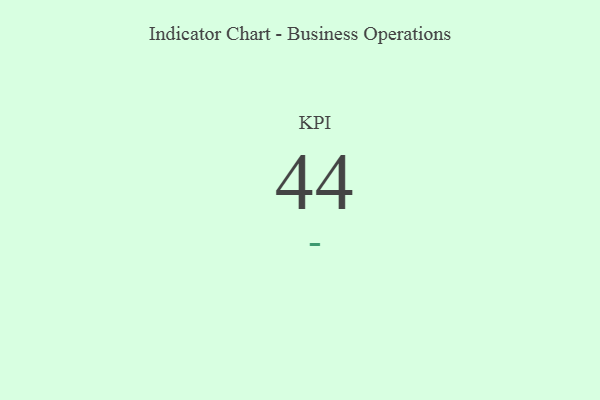
{"axis": {"x": "KPI", "y": "Value"}, "legend": [""], "data": [{"x": "KPI", "y": 44, "type": ""}]}